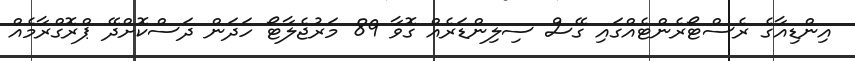
އިންޑިއާގެ ރެސްޓޯރެންޓެއްގައި ގޭސް ސިލިންޑަރެއް ގޮވާ 89 މަރުޖެލާޓޯ ހަދަން ދަސްކޮށްދޭ ޕްރޮގްރާމެއް